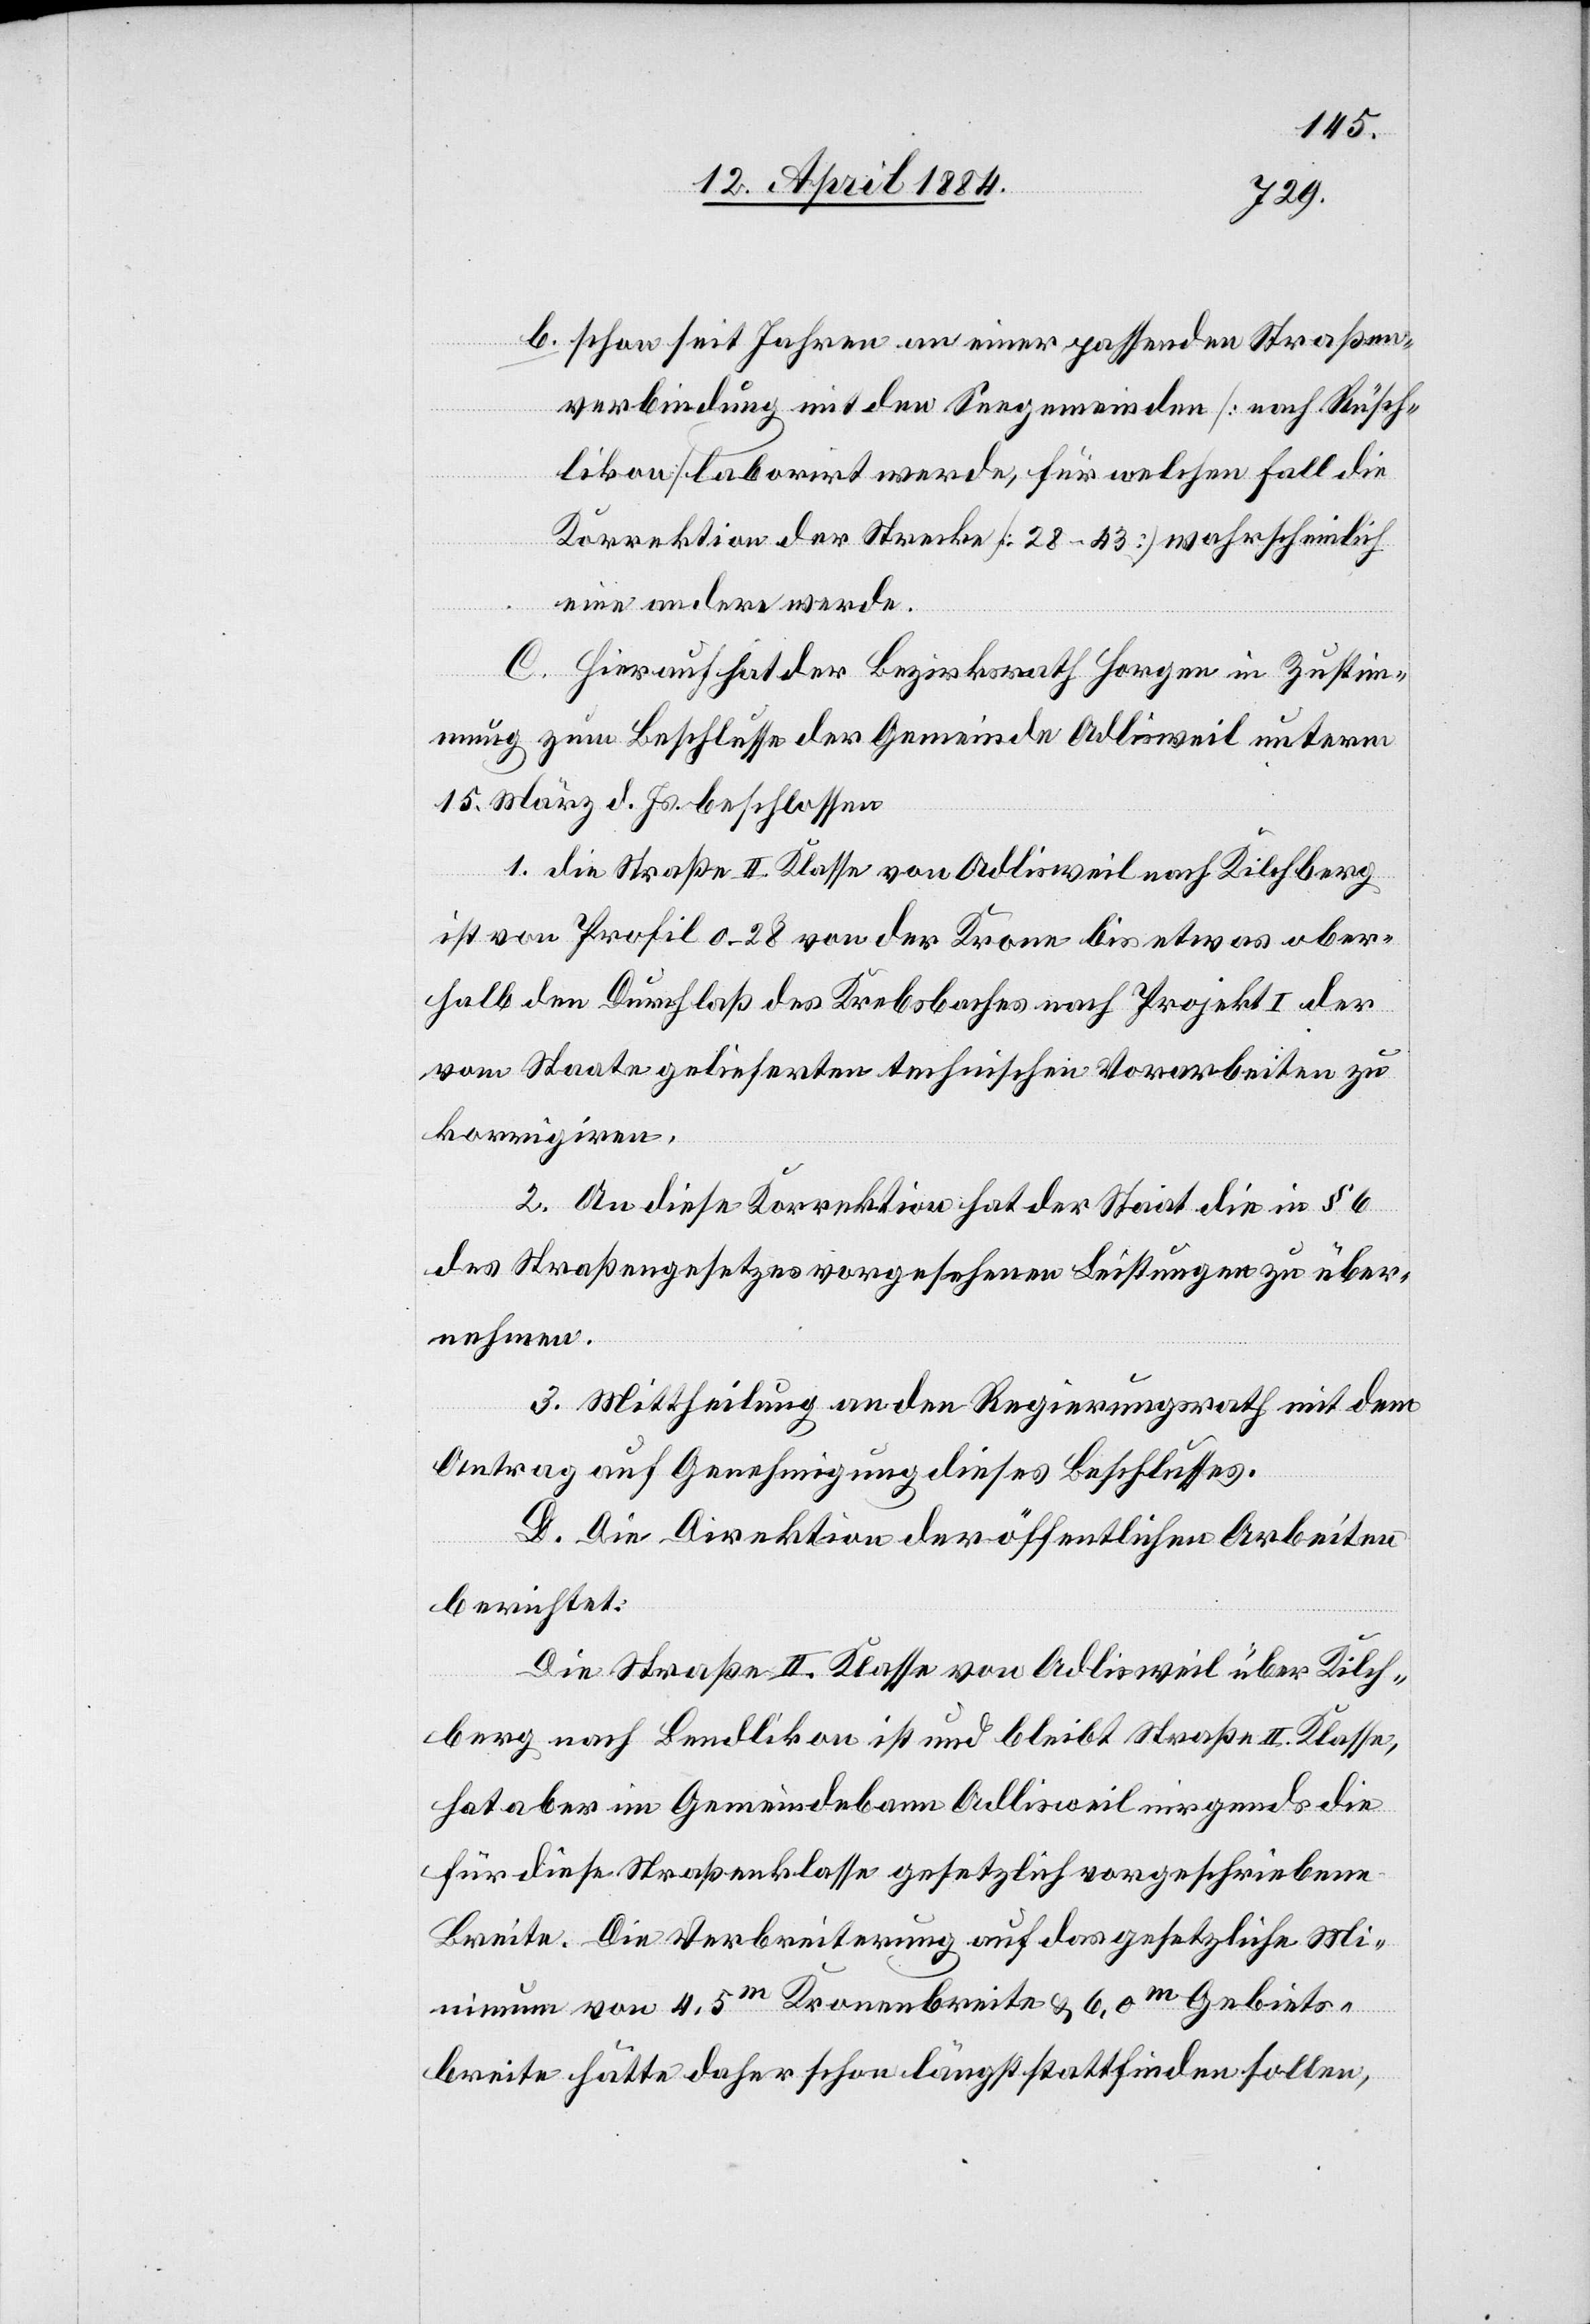
b. schon seit Jahren an einer passenden Straßen¬
verbindung mit den Seegemeinden [nach Rüsch¬
likon] laborirt werde, für welchen Fall die
Korrektion der Strecke [28–43] wahrscheinlich
eine andere werde.
C. Hierauf hat der Bezirksrath Horgen in Zustim¬
mung zum Beschlusse der Gemeinde Adlisweil unterm
15. März d. Js. beschlossen
1. die Straße II. Klasse von Adlisweil nach Kilchberg
ist von Profil 0–28 von der Krone bis etwas ober¬
halb den Durchlaß des Krebsbaches nach Projekt I der
vom Staate gelieferten technischen Vorarbeiten zu
korrigiren.
2. An diese Korrektion hat der Staat die in § 6
des Straßengesetzes vorgesehenen Leistungen zu über¬
nehmen.
3. Mittheilung an den Regierungsrath mit dem
Antrag auf Genehmigung dieses Beschlusses.
D. Die Direktion der öffentlichen Arbeiten
berichtet:
Die Straße II. Klasse von Adlisweil über Kilch¬
berg nach Bendlikon ist und bleibt Straße II. Klasse,
hat aber im Gemeindebann Adlisweil nirgends die
für diese Straßenklasse gesetzlich vorgeschriebene
Breite. Die Verbreiterung auf das gesetzliche Mi¬
nimum von 4,5m Kronenbreite & 6,0m Gebiets¬
breite hätte daher schon längst stattfinden sollen,